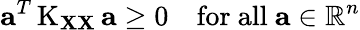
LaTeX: \mathbf{a}^{T}\operatorname{K}_{\mathbf{X}\mathbf{X}}\mathbf{a}\geq 0\quad{\mathrm{for~all~}}\mathbf{a}\in\mathbb{R}^{n}